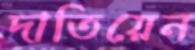
দাতিয়েন